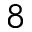
8